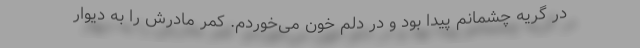
در گریه چشمانم پیدا بود و در دلم خون می‌خوردم. کمر مادرش را به دیوار